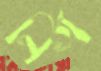
নির্গ